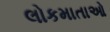
લોકમાતાઓ